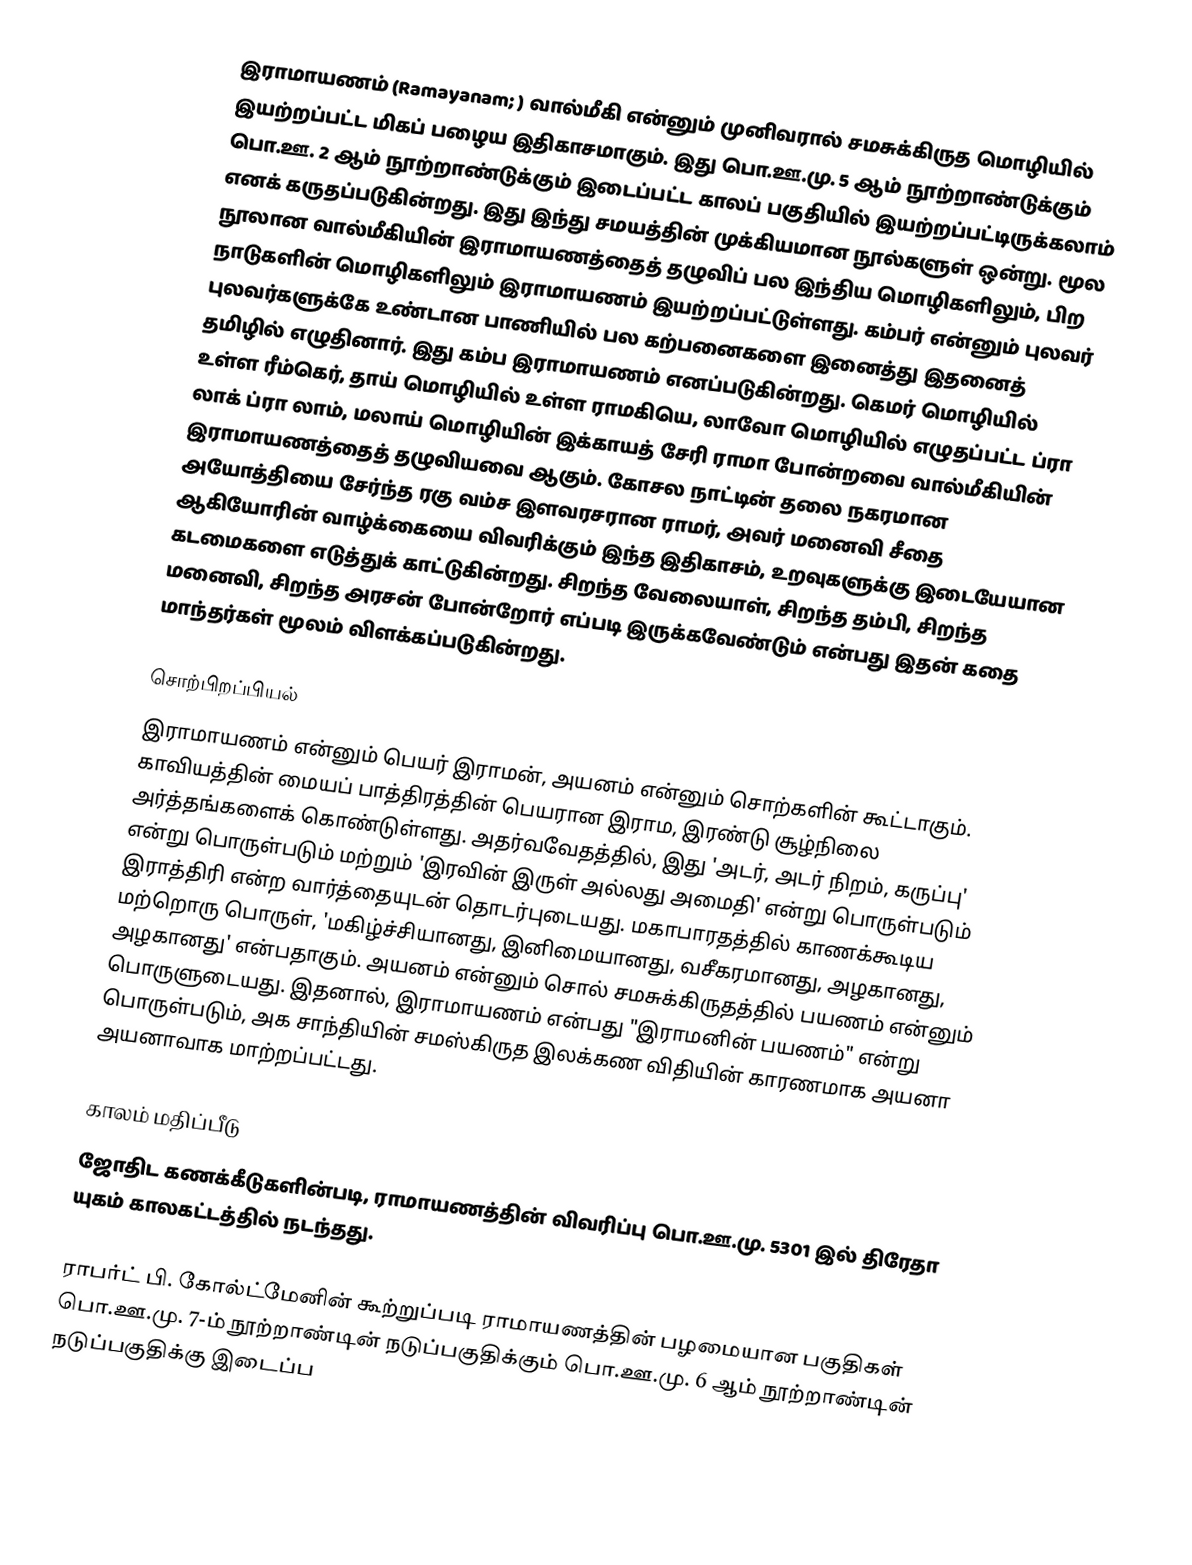
இராமாயணம் (Ramayanam; ) வால்மீகி என்னும் முனிவரால் சமசுக்கிருத மொழியில் இயற்றப்பட்ட மிகப் பழைய இதிகாசமாகும். இது பொ.ஊ.மு. 5 ஆம் நூற்றாண்டுக்கும் பொ.ஊ. 2 ஆம் நூற்றாண்டுக்கும்  இடைப்பட்ட காலப் பகுதியில் இயற்றப்பட்டிருக்கலாம் எனக் கருதப்படுகின்றது. இது இந்து சமயத்தின் முக்கியமான நூல்களுள் ஒன்று. மூல நூலான வால்மீகியின் இராமாயணத்தைத் தழுவிப் பல இந்திய மொழிகளிலும், பிற நாடுகளின் மொழிகளிலும் இராமாயணம் இயற்றப்பட்டுள்ளது. கம்பர் என்னும் புலவர்  புலவர்களுக்கே உண்டான பாணியில் பல கற்பனைகளை இனைத்து  இதனைத் தமிழில் எழுதினார். இது கம்ப இராமாயணம் எனப்படுகின்றது. கெமர் மொழியில் உள்ள ரீம்கெர், தாய் மொழியில் உள்ள ராமகியெ, லாவோ மொழியில் எழுதப்பட்ட ப்ரா லாக் ப்ரா லாம், மலாய் மொழியின் இக்காயத் சேரி ராமா போன்றவை வால்மீகியின் இராமாயணத்தைத் தழுவியவை ஆகும். கோசல நாட்டின் தலை நகரமான அயோத்தியை சேர்ந்த ரகு வம்ச இளவரசரான ராமர், அவர் மனைவி சீதை ஆகியோரின் வாழ்க்கையை விவரிக்கும் இந்த இதிகாசம், உறவுகளுக்கு இடையேயான கடமைகளை எடுத்துக் காட்டுகின்றது. சிறந்த வேலையாள், சிறந்த தம்பி, சிறந்த மனைவி, சிறந்த அரசன் போன்றோர் எப்படி இருக்கவேண்டும் என்பது இதன் கதை மாந்தர்கள்  மூலம் விளக்கப்படுகின்றது.

சொற்பிறப்பியல்
இராமாயணம் என்னும் பெயர் இராமன், அயனம் என்னும் சொற்களின் கூட்டாகும். காவியத்தின் மையப் பாத்திரத்தின் பெயரான இராம, இரண்டு சூழ்நிலை அர்த்தங்களைக் கொண்டுள்ளது. அதர்வவேதத்தில், இது 'அடர், அடர் நிறம், கருப்பு' என்று பொருள்படும் மற்றும் 'இரவின் இருள் அல்லது அமைதி' என்று பொருள்படும் இராத்திரி என்ற வார்த்தையுடன் தொடர்புடையது. மகாபாரதத்தில் காணக்கூடிய மற்றொரு பொருள், 'மகிழ்ச்சியானது, இனிமையானது, வசீகரமானது, அழகானது, அழகானது' என்பதாகும். அயனம் என்னும் சொல் சமசுக்கிருதத்தில் பயணம் என்னும் பொருளுடையது. இதனால், இராமாயணம் என்பது "இராமனின் பயணம்" என்று பொருள்படும், அக சாந்தியின் சமஸ்கிருத இலக்கண விதியின் காரணமாக அயனா அயனாவாக மாற்றப்பட்டது.

காலம் மதிப்பீடு
ஜோதிட கணக்கீடுகளின்படி, ராமாயணத்தின் விவரிப்பு பொ.ஊ.மு. 5301 இல் திரேதா யுகம் காலகட்டத்தில் நடந்தது.

ராபர்ட் பி. கோல்ட்மேனின் கூற்றுப்படி ராமாயணத்தின் பழமையான பகுதிகள் பொ.ஊ.மு. 7-ம் நூற்றாண்டின் நடுப்பகுதிக்கும் பொ.ஊ.மு. 6 ஆம் நூற்றாண்டின் நடுப்பகுதிக்கு இடைப்ப